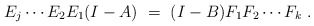
\begin{align*}E_j\cdots E_2E_1 (I-A)\ = \ (I-B)F_1F_2\cdots F_k \ .\end{align*}